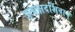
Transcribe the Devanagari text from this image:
प्रत्यक्षदर्शिवान्